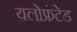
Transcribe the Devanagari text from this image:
यलोफ्रंटेड